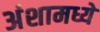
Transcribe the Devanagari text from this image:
अंशामध्ये